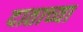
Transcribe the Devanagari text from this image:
दाताच्या